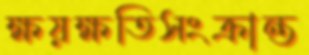
ক্ষয়ক্ষতিসংক্রান্ত